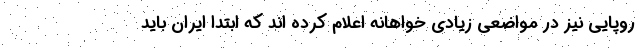
روپایی نیز در مواضعی زیادی خواهانه اعلام کرده اند که ابتدا ایران باید